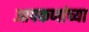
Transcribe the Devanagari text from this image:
आपकणांच्या